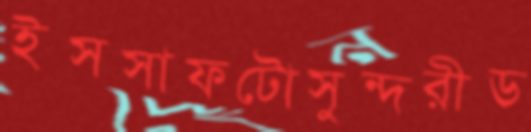
ইসসাফটোসুন্দরীড